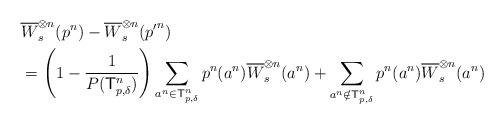
LaTeX: \begin{align*} & \overline{W}_{s}^{\otimes n}({p}^n)- \overline{W}_{s}^{\otimes n}({p'}^n)\\& =\left(1-\frac{1}{P(\mathsf{T}^n_{p,\delta})}\right)\sum_{a^n\in \mathsf{T}^n_{p,\delta}} p^n(a^n)\overline{W}_{s}^{\otimes n}(a^n)+\sum_{a^n\notin \mathsf{T}^n_{p,\delta}} p^n(a^n)\overline{W}_s^{\otimes n}(a^n)\end{align*}